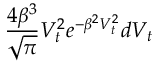
\frac { 4 \beta ^ { 3 } } { \sqrt { \pi } } V _ { t } ^ { 2 } e ^ { - \beta ^ { 2 } V _ { t } ^ { 2 } } d V _ { t }